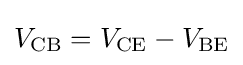
V_{\text{CB}}=V_{\text{CE}}-V_{\text{BE}}